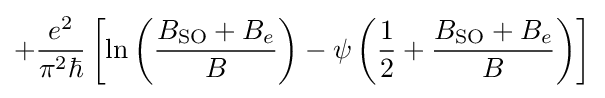
+{e^{2} \over \pi ^{2}\hbar }\left[\ln \left({B_{\text{SO}}+B_{e} \over B}\right)-\psi \left({1 \over 2}+{B_{\text{SO}}+B_{e} \over B}\right)\right]